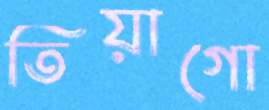
তিয়াগো